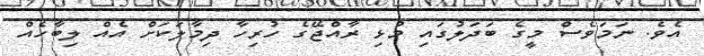
އެވެ. ނަމަވެސް މީގެ ބަދަލުގައި މުޅި ރާއްޖޭގެ ހުރިހާ ދިމާލަކަށް އެއް ލިބާހެއް